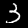
Label: 3